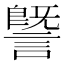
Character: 𧫜